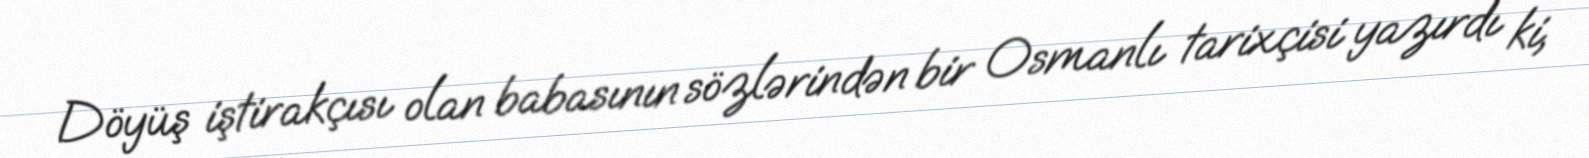
Döyüş iştirakçısı olan babasının sözlərindən bir Osmanlı tarixçisi yazırdı ki,